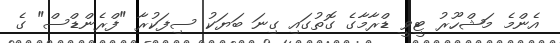
އެންމެ މަޝްހޫރު ޓީވީ ޑްރާމާގެ ގޮތުގައި ގިނަ ބަޔަކު ސިފަކުރާ "ފްރެންޑްސް" ގެ